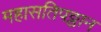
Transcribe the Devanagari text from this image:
महासतिपठ्ठान